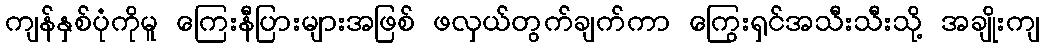
ကျန်နှစ်ပုံကိုမူ ကြေးနီပြားများအဖြစ် ဖလှယ်တွက်ချက်ကာ ကြွေးရှင်အသီးသီးသို့ အချိုးကျ